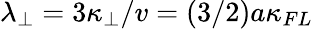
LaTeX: \lambda_{\perp}=3\kappa_{\perp}/v=(3/2)a\kappa_{FL}